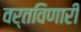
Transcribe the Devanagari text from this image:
वर्तविणारी